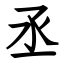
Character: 丞